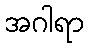
အဂါရာ